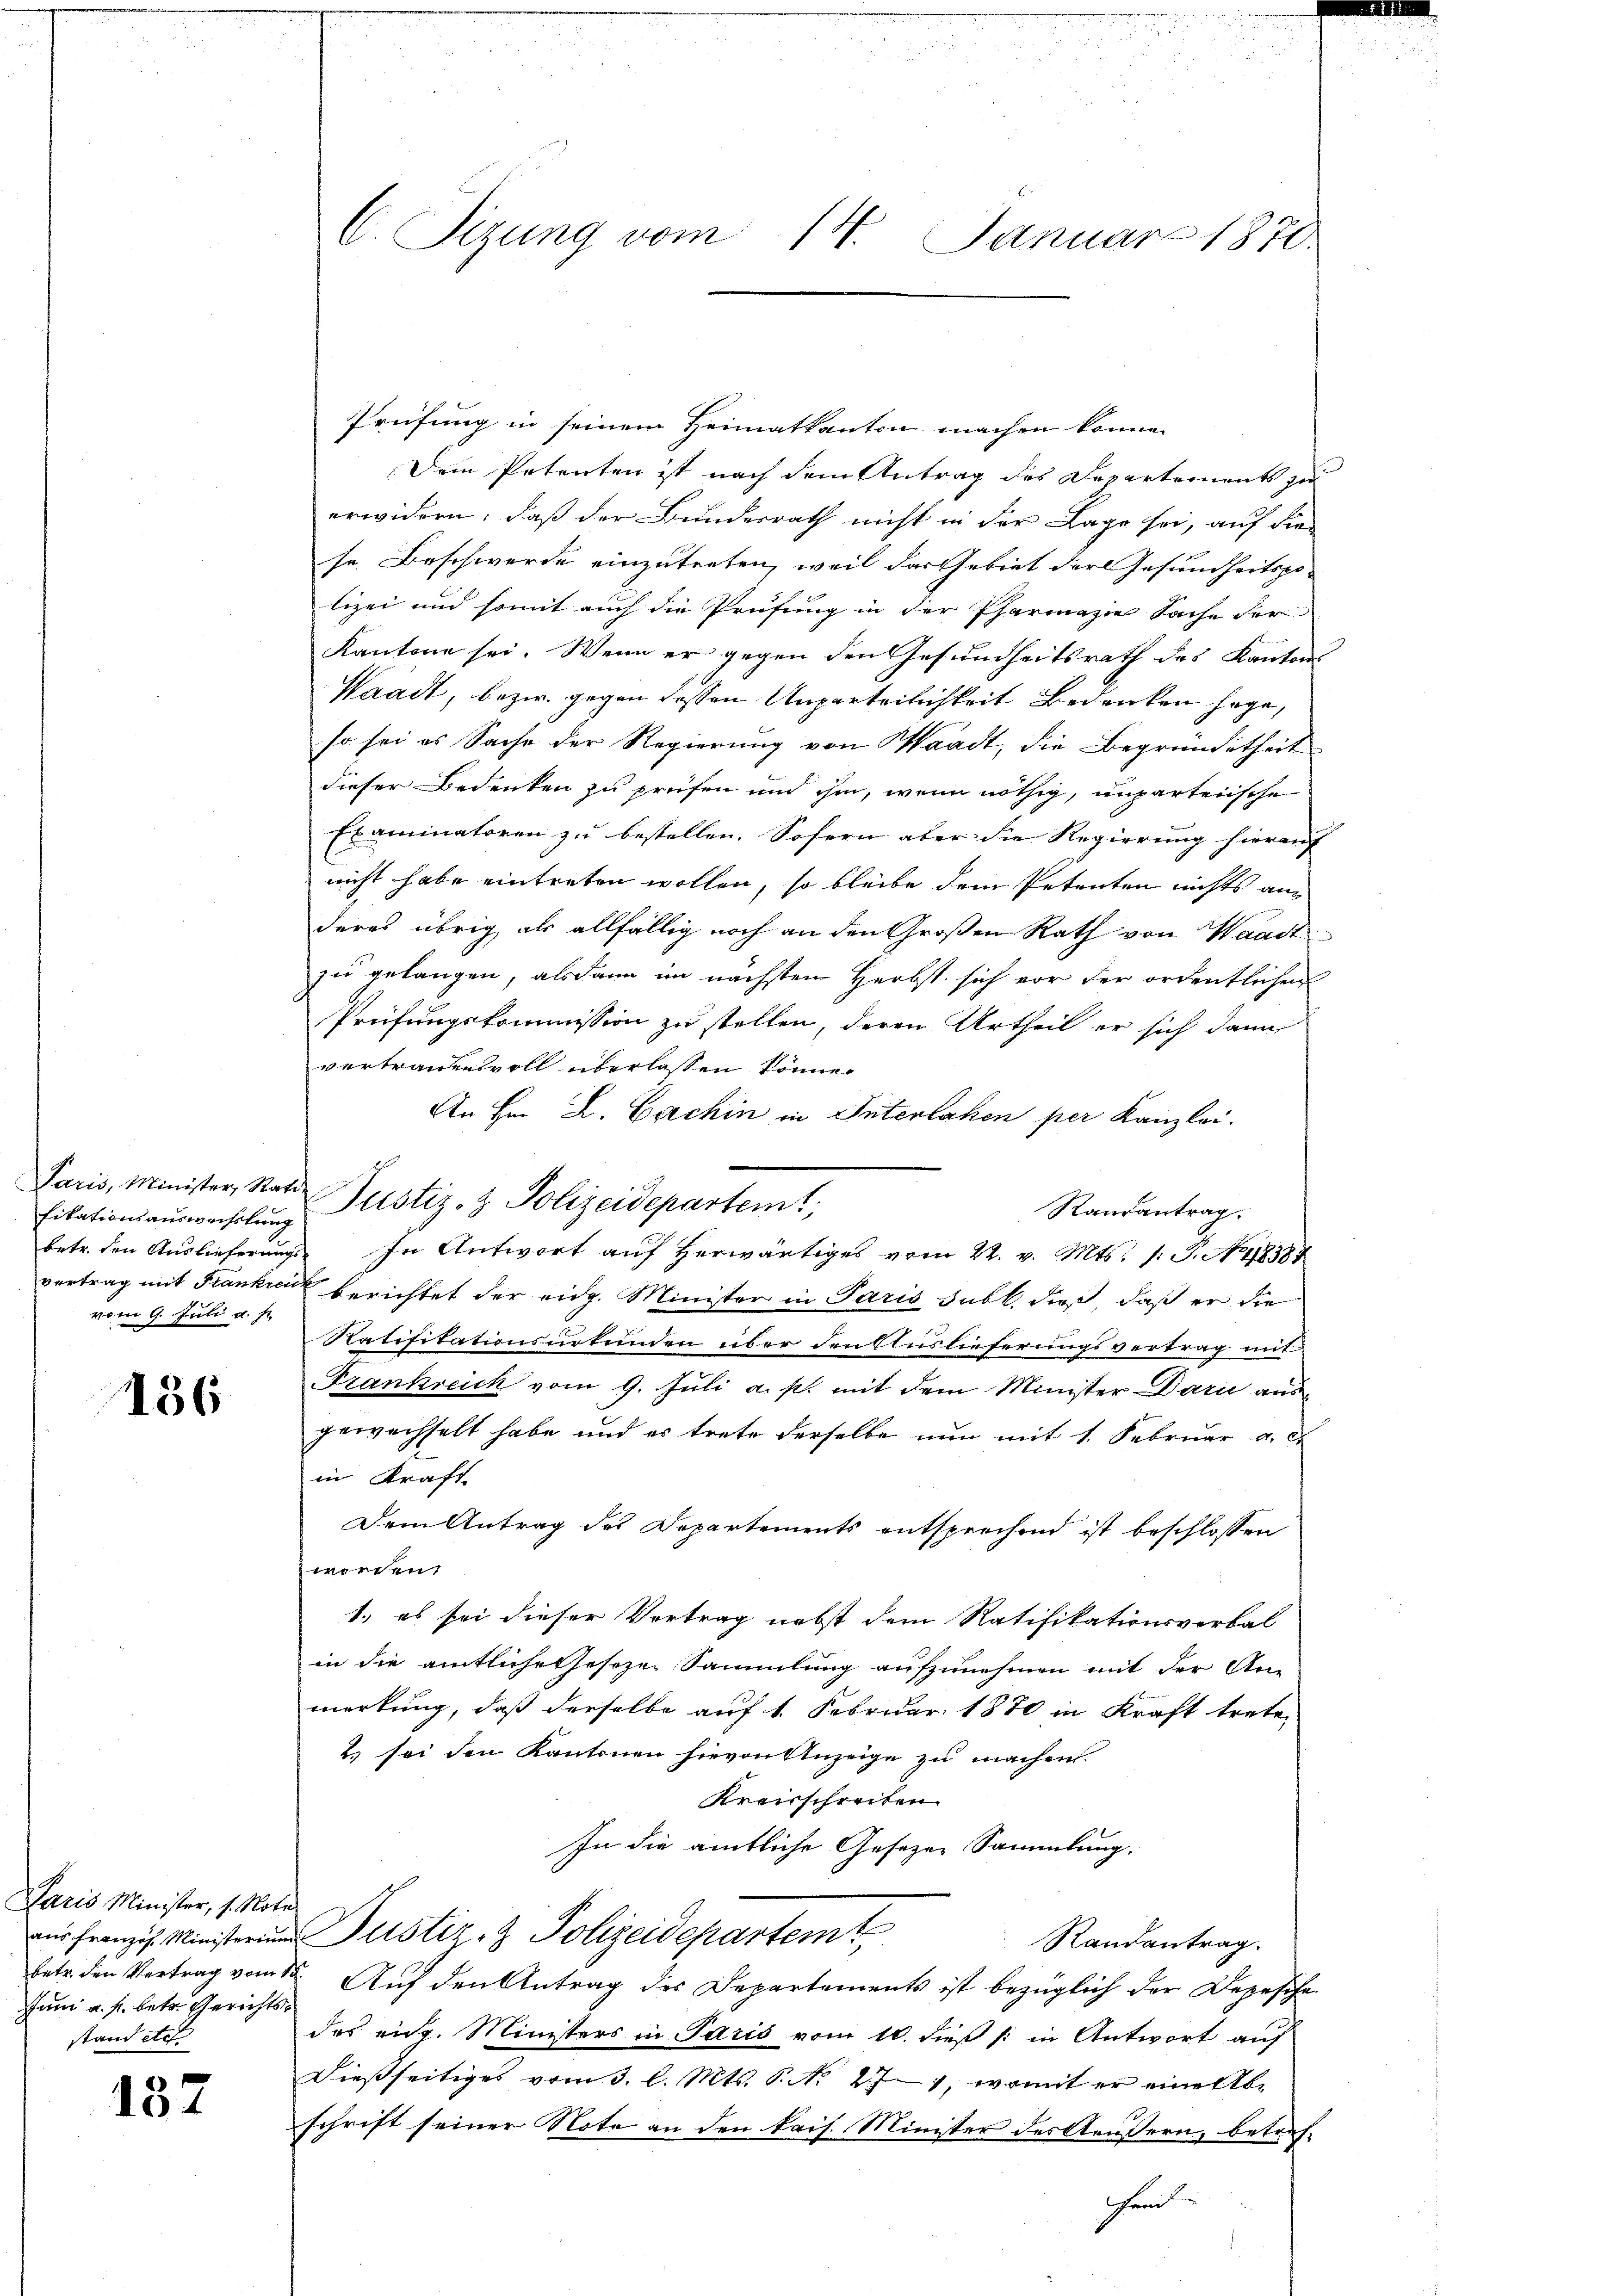
Paris, Minister, Statt
fikationsauswechslung
betr. den Auslieferungs-
vertrag mit Frankrei
vom 9. Juli u. s.

136

Paris Minister, s. Noter
aus franzos. Ministerium
betr. den Vertrag vom 18.
Juni a. f. betr. Gerichtsstand etc.

137

C. Sizung vom 14. Januar 1870

Prüfung in seinem Heimatkanton machen könne.
Dem Petenten ist nach dem Antrag des Departements zu
erwidern, daß der Bundesrath nicht in der Lage sei, auf die
se Beschwerde einzutreten, weil das Gebiet der Gesundheitspo-
lizei und somit auch die Prüfung in der Pharmaze Sache der
Kantone sei. Wenn er gegen den Gesundheitsrath des Kantons
Waadt, bezw. gegen dessen Unparteilichkeit Bedenken sage,
so sei es Sache der Regierung von Waadt, die Begründetheit
dieser Bedenken zu prüfen und ihm, wenn nöthig, unparteiische
Examinatoren zu bestellen. Sofern aber die Regierung hierauf
nicht habe eintreten wollen, so bleibe dem Petenten nichts am
deres übrig als allfällig noch an den Großen Rath von Waadt
zu gelangen, alsdann im nächsten Herbst sich vor der ordentlichen
Prüfungskommission zu stellen, deren Urtheil er sich dann
vertrauensvoll überlassen können
An Hrn. L. Cachin in Interlahen per Kanzlei.
Randantrag.
In Antwort auf herwärtiges vom 22. v. Mts. 1. P. No. 1838
berichtet der eidg. Minister in Paris subl. dieß, daß er die
Ratisitationsurkunden über den Auslieferungsvertrag mit-
Frankreich vom 9. Juli a. p. mit dem Minister Dari ausgewachselt habe und es trete derselbe nun mit 1. Februar a. c.
in Kraft
Dem Antrag des Departements entsprechend ist beschlossen
worden.
1.) es sei dieser Vertrag nebst dem Ratifikationsverbal
in die amtliche Geseze Sammlung aufzunehmen mit der An-
merkung, daß derselbe auf 1. Februar 1870 in Kraft trete,
2. sei den Kantonen hievon Anzeige zu machen.
Kreisschreiben.
In die amtliche Gesetzen Sammlung.
Justiz- & Polizeidepartem
Randantrag.
Auf den Antrag des Departements ist bezüglich der Depesche
das eidg. Ministers in Paris vom 10. dieß (: in Antwort auf
Dießseitiges vom 3. l. Mts. S. No 274, womit er eine Abschrift seiner Note an den kais. Minister des Aeussern, betrefend
.

Justiz- & Polizeidepartemt,